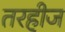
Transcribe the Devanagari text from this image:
तरहीज